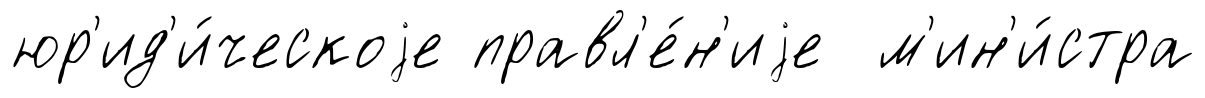
юр'ид'и́ческоjе правл'е́н'иjе м'ин'и́стра